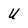
Character: U